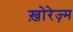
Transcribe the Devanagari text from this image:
ख़ोरेज़्म